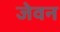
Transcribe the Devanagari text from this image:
जेवन